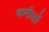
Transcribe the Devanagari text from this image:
कमीजों